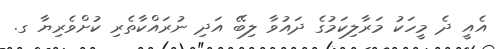
އެއީ ދެ މީހަކު މަރާލިކަމުގެ ދައުވާ ލިބޭ އަދި ނުރައްކާތެރި ކުށްވެރިޔާ ގ.